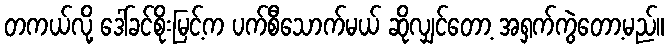
တကယ်လို့ ဒေါ်ခင်စိုးမြင့်က ပက်စီသောက်မယ် ဆိုလျှင်တော့ အရှက်ကွဲတော့မည်။